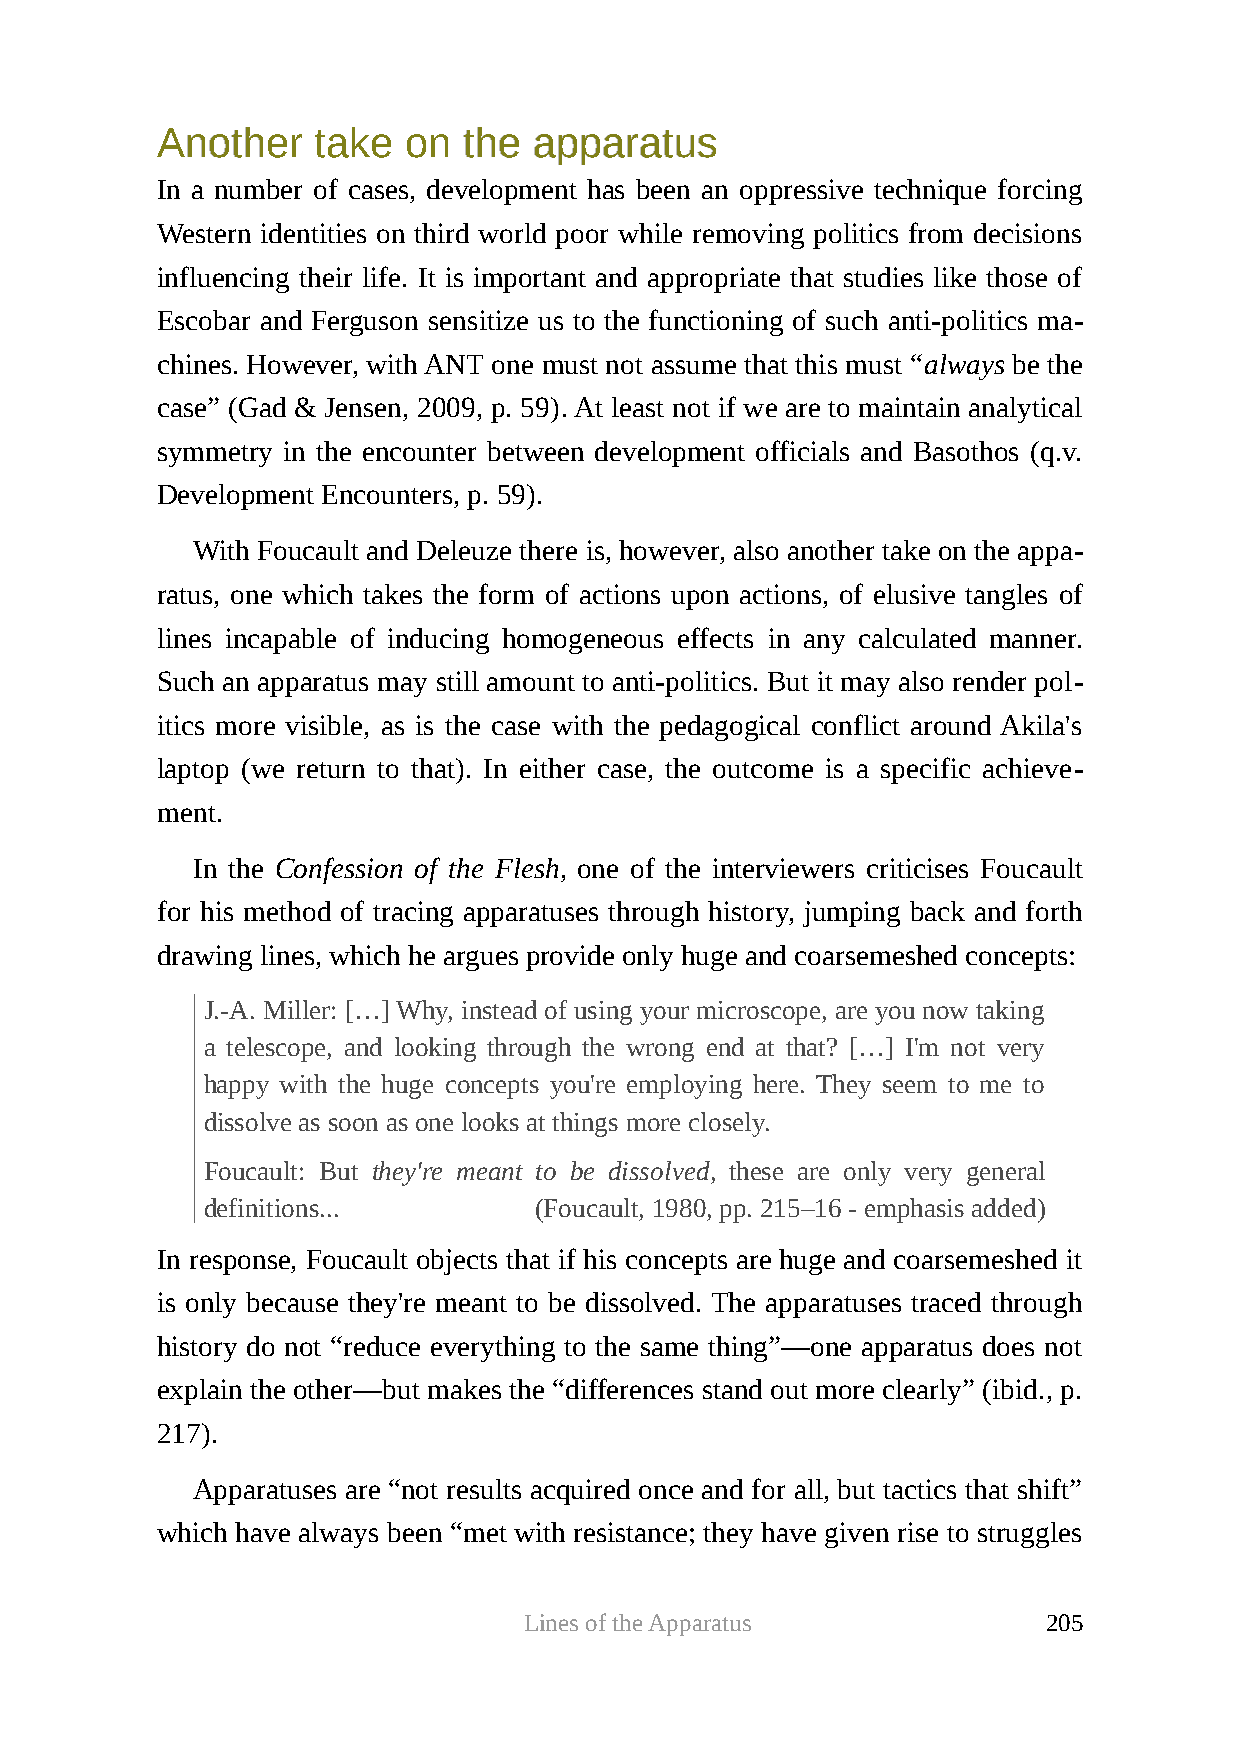
AAnnootthheerr ttaakkee oonn tthhee aappppaarraattuuss
 In a number of cases, development has been an oppressive technique forcing
 Western identities on third world poor while removing politics from decisions
 influencing their life. It is important and appropriate that studies like those of
 Escobar and Ferguson sensitize us to the functioning of such anti-politics ma-
 chines. However, with ANT one must not assume that this must “always be the
 case” (Gad & Jensen, 2009, p. 59). At least not if we are to maintain analytical
 symmetry in the encounter between development officials and Basothos (q.v.
 Development Encounters, p. 59).
 With Foucault and Deleuze there is, however, also another take on the appa-
 ratus, one which takes the form of actions upon actions, of elusive tangles of
 lines incapable of inducing homogeneous effects in any calculated manner.
 Such an apparatus may still amount to anti-politics. But it may also render pol-
 itics more visible, as is the case with the pedagogical conflict around Akila's
 laptop (we return to that). In either case, the outcome is a specific achieve-
 ment.
 In the Confession of the Flesh, one of the interviewers criticises Foucault
 for his method of tracing apparatuses through history, jumping back and forth
 drawing lines, which he argues provide only huge and coarsemeshed concepts:
 J.-A. Miller: […] Why, instead of using your microscope, are you now taking
 a telescope, and looking through the wrong end at that? […] I'm not very
 happy with the huge concepts you're employing here. They seem to me to
 dissolve as soon as one looks at things more closely.
 Foucault: But they're meant to be dissolved, these are only very general
 definitions...       (Foucault, 1980, pp. 215–16 - emphasis added)
 In response, Foucault objects that if his concepts are huge and coarsemeshed it
 is only because they're meant to be dissolved. The apparatuses traced through
 history do not “reduce everything to the same thing”—one apparatus does not
 explain the other—but makes the “differences stand out more clearly” (ibid., p.
 217).
 Apparatuses are “not results acquired once and for all, but tactics that shift”
 which have always been “met with resistance; they have given rise to struggles
 Lines of the Apparatus            205